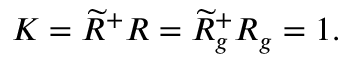
K = \widetilde { R } ^ { + } R = \widetilde { R } _ { g } ^ { + } R _ { g } = 1 .